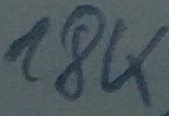
Text: 18K